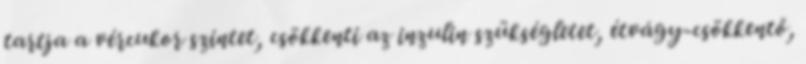
tartja a vércukor szintet, csökkenti az inzulin szükségletet, étvágy-csökkentő,